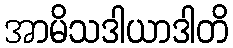
အာမိသဒါယာဒါတိ